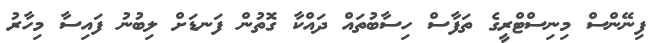
ފިނޭންސް މިނިސްޓްރީގެ ތަފާސް ހިސާބުތައް ދައްކާ ގޮތުން ފަނޑަށް ލިބުނު ފައިސާ މިހާރު